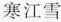
寒江雪